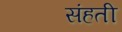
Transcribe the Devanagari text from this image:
संहती